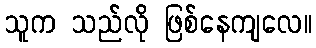
သူက သည်လို ဖြစ်နေကျလေ။